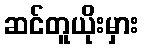
ဆင်တူယိုးမှား